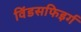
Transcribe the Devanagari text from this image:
विंडसफिइर्ग